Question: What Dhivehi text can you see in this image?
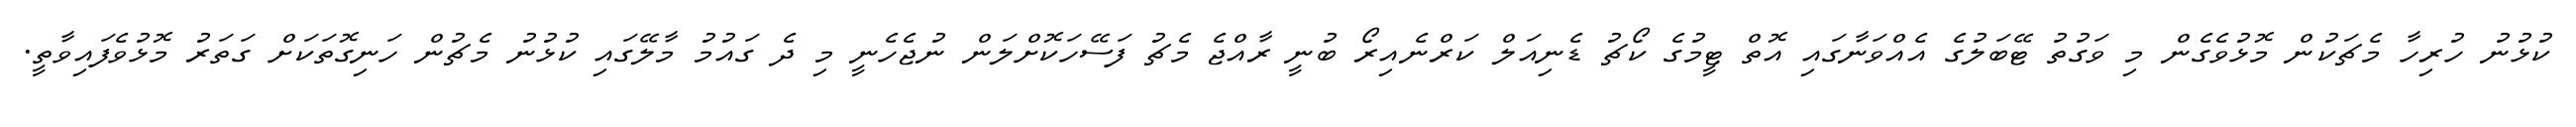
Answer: ކުޅުނު ހުރިހާ މެޗަކުން މޮޅުވެގެން މި ވަގުތު ޓޭބަލުގެ އެއްވަނާގައި އޮތް ޓީމުގެ ކޯޗު ޑެނިއަލް ކަރްނެއިރޯ ބުނީ ރާއްޖެ މެޗު ފަސޭހަކޮށްލަން ނުޖެހެނީ މި ދެ ގައުމު މާލޭގައި ކުޅުނު މެޗުން ހަނިގޮތަކަށް ގަތަރު މޮޅުވެފައިވާތީ.